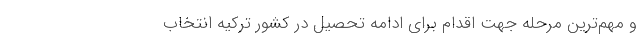
و مهم‌ترین مرحله جهت اقدام برای ادامه تحصیل در کشور ترکیه انتخاب